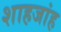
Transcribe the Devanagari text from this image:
शाहजांह